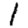
Digit: 1